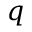
q